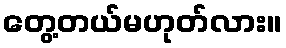
တွေ့တယ်မဟုတ်လား။